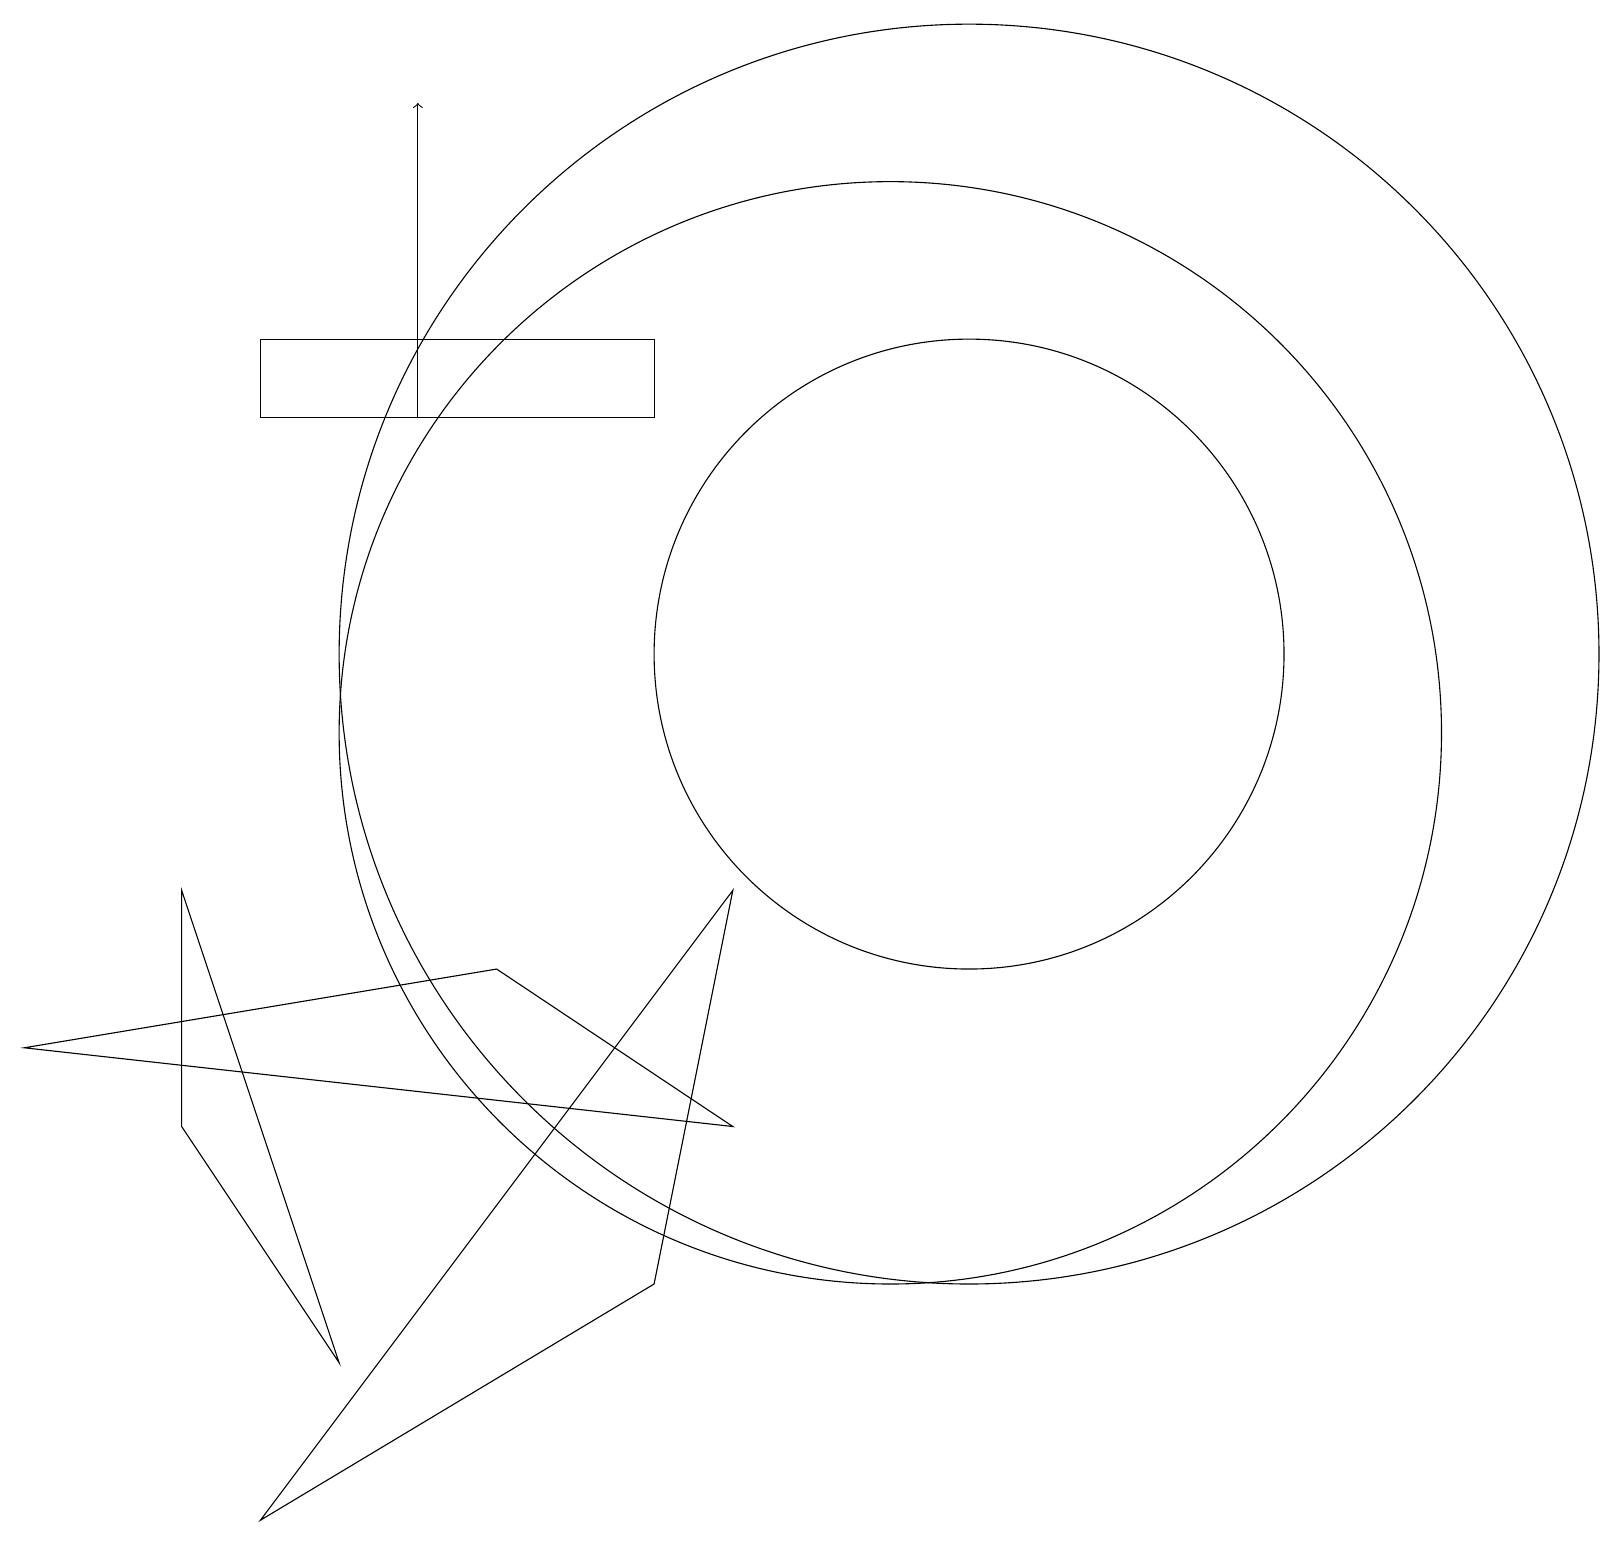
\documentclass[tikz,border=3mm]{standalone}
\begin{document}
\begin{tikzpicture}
\draw (12,12) circle (8);
\draw (3,1) -- (9,9) -- (8,4) -- cycle;
\draw (4,3) -- (2,9) -- (2,6) -- cycle;
\draw (8,15) rectangle (3,16);
\draw[->] (5,15) -- (5,19);
\draw (6,8) -- (9,6) -- (0,7) -- cycle;
\draw (11,11) circle (7);
\draw (12,12) circle (4);
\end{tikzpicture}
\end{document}